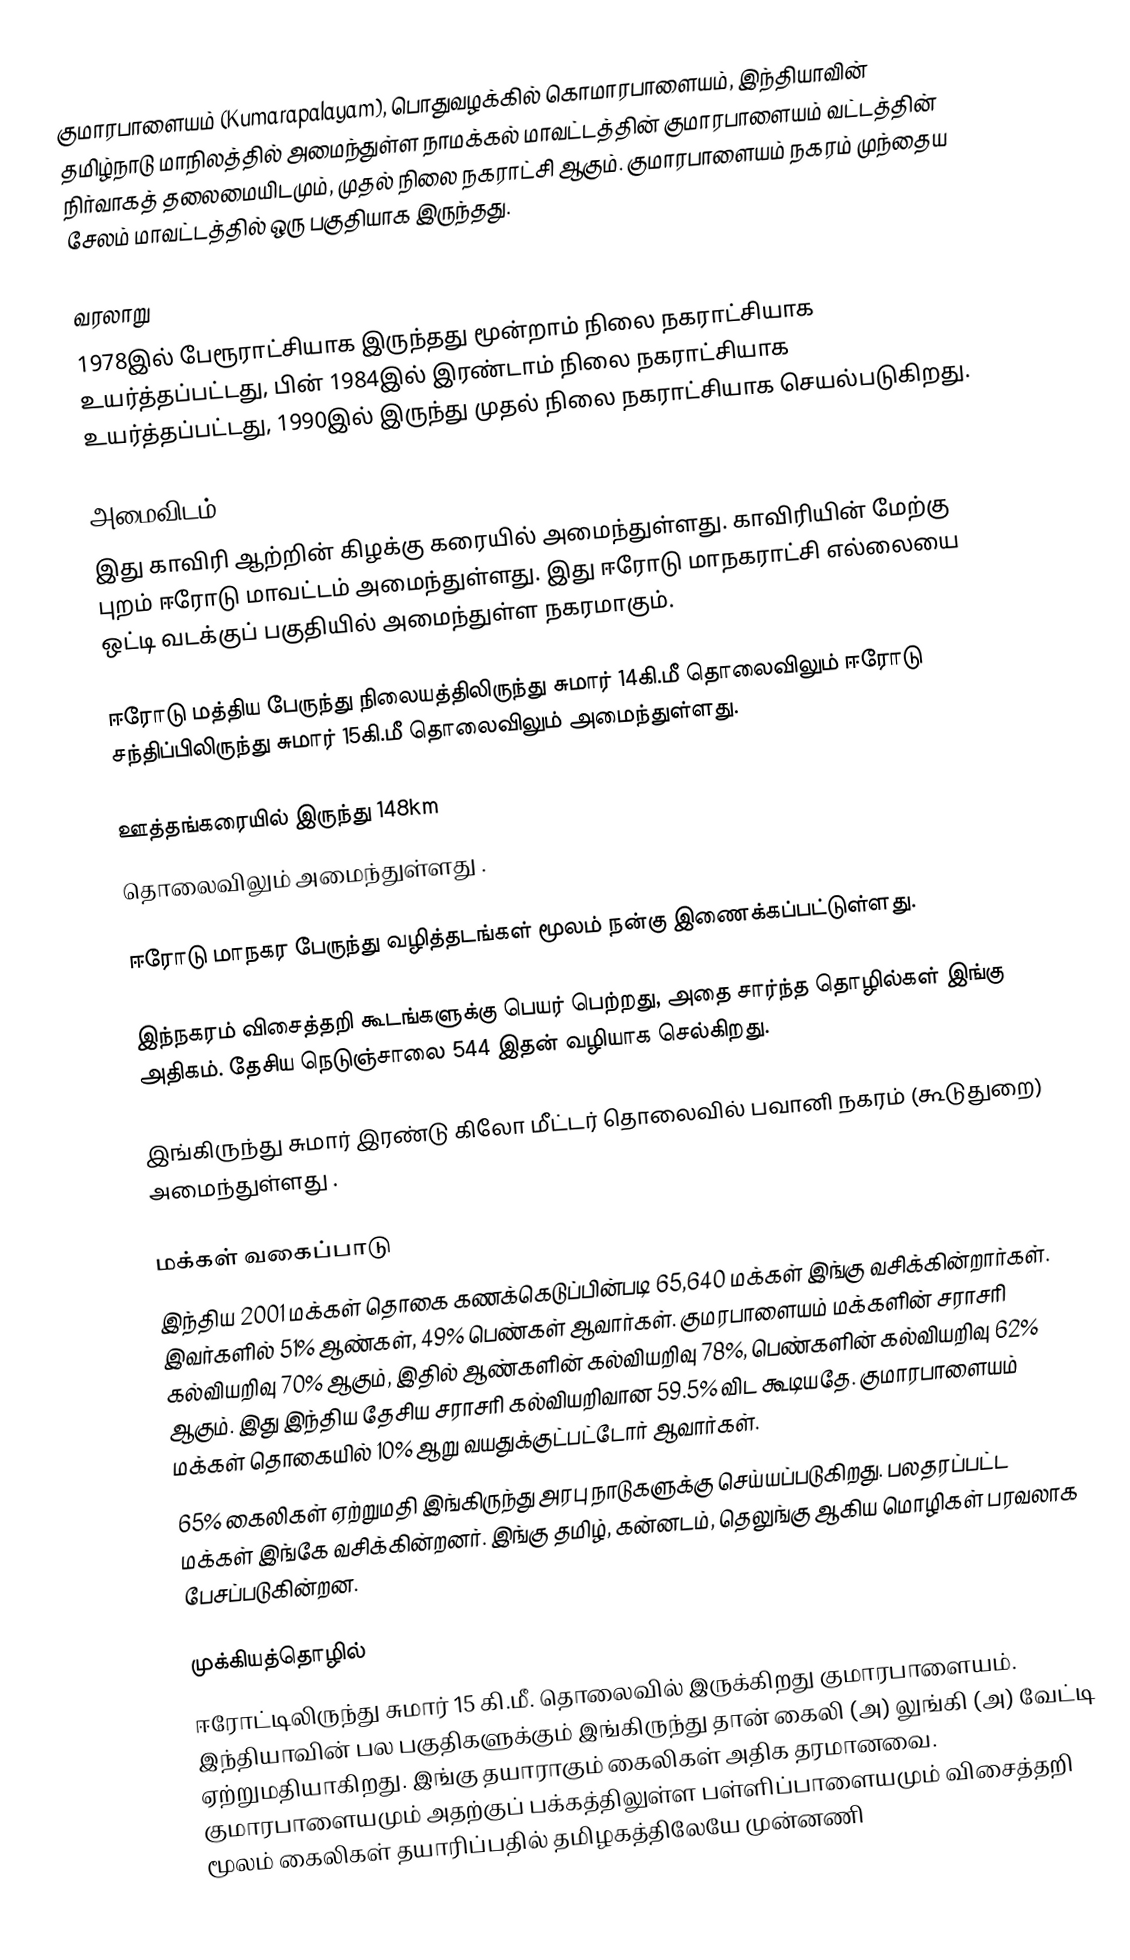
குமாரபாளையம் (Kumarapalayam), பொதுவழக்கில் கொமாரபாளையம்,  இந்தியாவின் தமிழ்நாடு மாநிலத்தில் அமைந்துள்ள நாமக்கல் மாவட்டத்தின் குமாரபாளையம் வட்டத்தின் நிர்வாகத் தலைமையிடமும்,  முதல் நிலை நகராட்சி ஆகும். குமாரபாளையம் நகரம் முந்தைய சேலம் மாவட்டத்தில் ஒரு பகுதியாக இருந்தது.

வரலாறு
1978இல் பேரூராட்சியாக இருந்தது மூன்றாம் நிலை நகராட்சியாக உயர்த்தப்பட்டது, பின் 1984இல் இரண்டாம் நிலை நகராட்சியாக உயர்த்தப்பட்டது, 1990இல் இருந்து முதல் நிலை நகராட்சியாக செயல்படுகிறது.

அமைவிடம்
இது காவிரி ஆற்றின் கிழக்கு கரையில் அமைந்துள்ளது. காவிரியின் மேற்கு புறம் ஈரோடு மாவட்டம் அமைந்துள்ளது. இது ஈரோடு மாநகராட்சி எல்லையை ஒட்டி வடக்குப் பகுதியில் அமைந்துள்ள நகரமாகும்.

ஈரோடு மத்திய பேருந்து நிலையத்திலிருந்து சுமார் 14கி.மீ தொலைவிலும் ஈரோடு சந்திப்பிலிருந்து சுமார் 15கி.மீ தொலைவிலும் அமைந்துள்ளது.

ஊத்தங்கரையில் இருந்து 148km
தொலைவிலும் அமைந்துள்ளது .

ஈரோடு மாநகர பேருந்து வழித்தடங்கள் மூலம் நன்கு இணைக்கப்பட்டுள்ளது.

இந்நகரம் விசைத்தறி கூடங்களுக்கு பெயர் பெற்றது, அதை சார்ந்த தொழில்கள் இங்கு அதிகம். தேசிய நெடுஞ்சாலை 544 இதன் வழியாக செல்கிறது.

இங்கிருந்து சுமார் இரண்டு கிலோ மீட்டர் தொலைவில் பவானி நகரம் (கூடுதுறை) அமைந்துள்ளது .

மக்கள் வகைப்பாடு
இந்திய 2001 மக்கள் தொகை கணக்கெடுப்பின்படி 65,640 மக்கள் இங்கு வசிக்கின்றார்கள். இவர்களில் 51% ஆண்கள், 49% பெண்கள் ஆவார்கள். குமரபாளையம் மக்களின் சராசரி கல்வியறிவு 70% ஆகும்,  இதில் ஆண்களின் கல்வியறிவு 78%,  பெண்களின் கல்வியறிவு 62% ஆகும். இது இந்திய தேசிய சராசரி கல்வியறிவான 59.5% விட கூடியதே. குமாரபாளையம் மக்கள் தொகையில் 10%  ஆறு வயதுக்குட்பட்டோர் ஆவார்கள்.
65% கைலிகள் ஏற்றுமதி இங்கிருந்து அரபு நாடுகளுக்கு செய்யப்படுகிறது. பலதரப்பட்ட மக்கள் இங்கே வசிக்கின்றனர். இங்கு தமிழ், கன்னடம், தெலுங்கு ஆகிய மொழிகள் பரவலாக பேசப்படுகின்றன.

முக்கியத்தொழில்
ஈரோட்டிலிருந்து சுமார் 15 கி.மீ. தொலைவில் இருக்கிறது குமாரபாளையம். இந்தியாவின் பல பகுதிகளுக்கும் இங்கிருந்து தான் கைலி (அ) லுங்கி (அ) வேட்டி ஏற்றுமதியாகிறது. இங்கு தயாராகும் கைலிகள் அதிக தரமானவை. குமாரபாளையமும் அதற்குப் பக்கத்திலுள்ள  பள்ளிப்பாளையமும் விசைத்தறி மூலம் கைலிகள் தயாரிப்பதில் தமிழகத்திலேயே முன்னணி